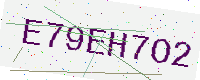
Text: E79EH7O2